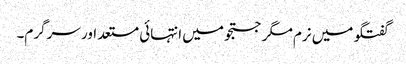
گفتگو میں نرم مگر جستجو میں انتہائی مستعد اور سرگرم۔